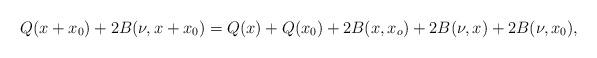
LaTeX: \begin{align*}Q(x+x_0)+2B(\nu, x+x_0) = Q(x)+Q(x_0)+2B(x,x_o)+2B(\nu,x)+2B(\nu,x_0),\end{align*}